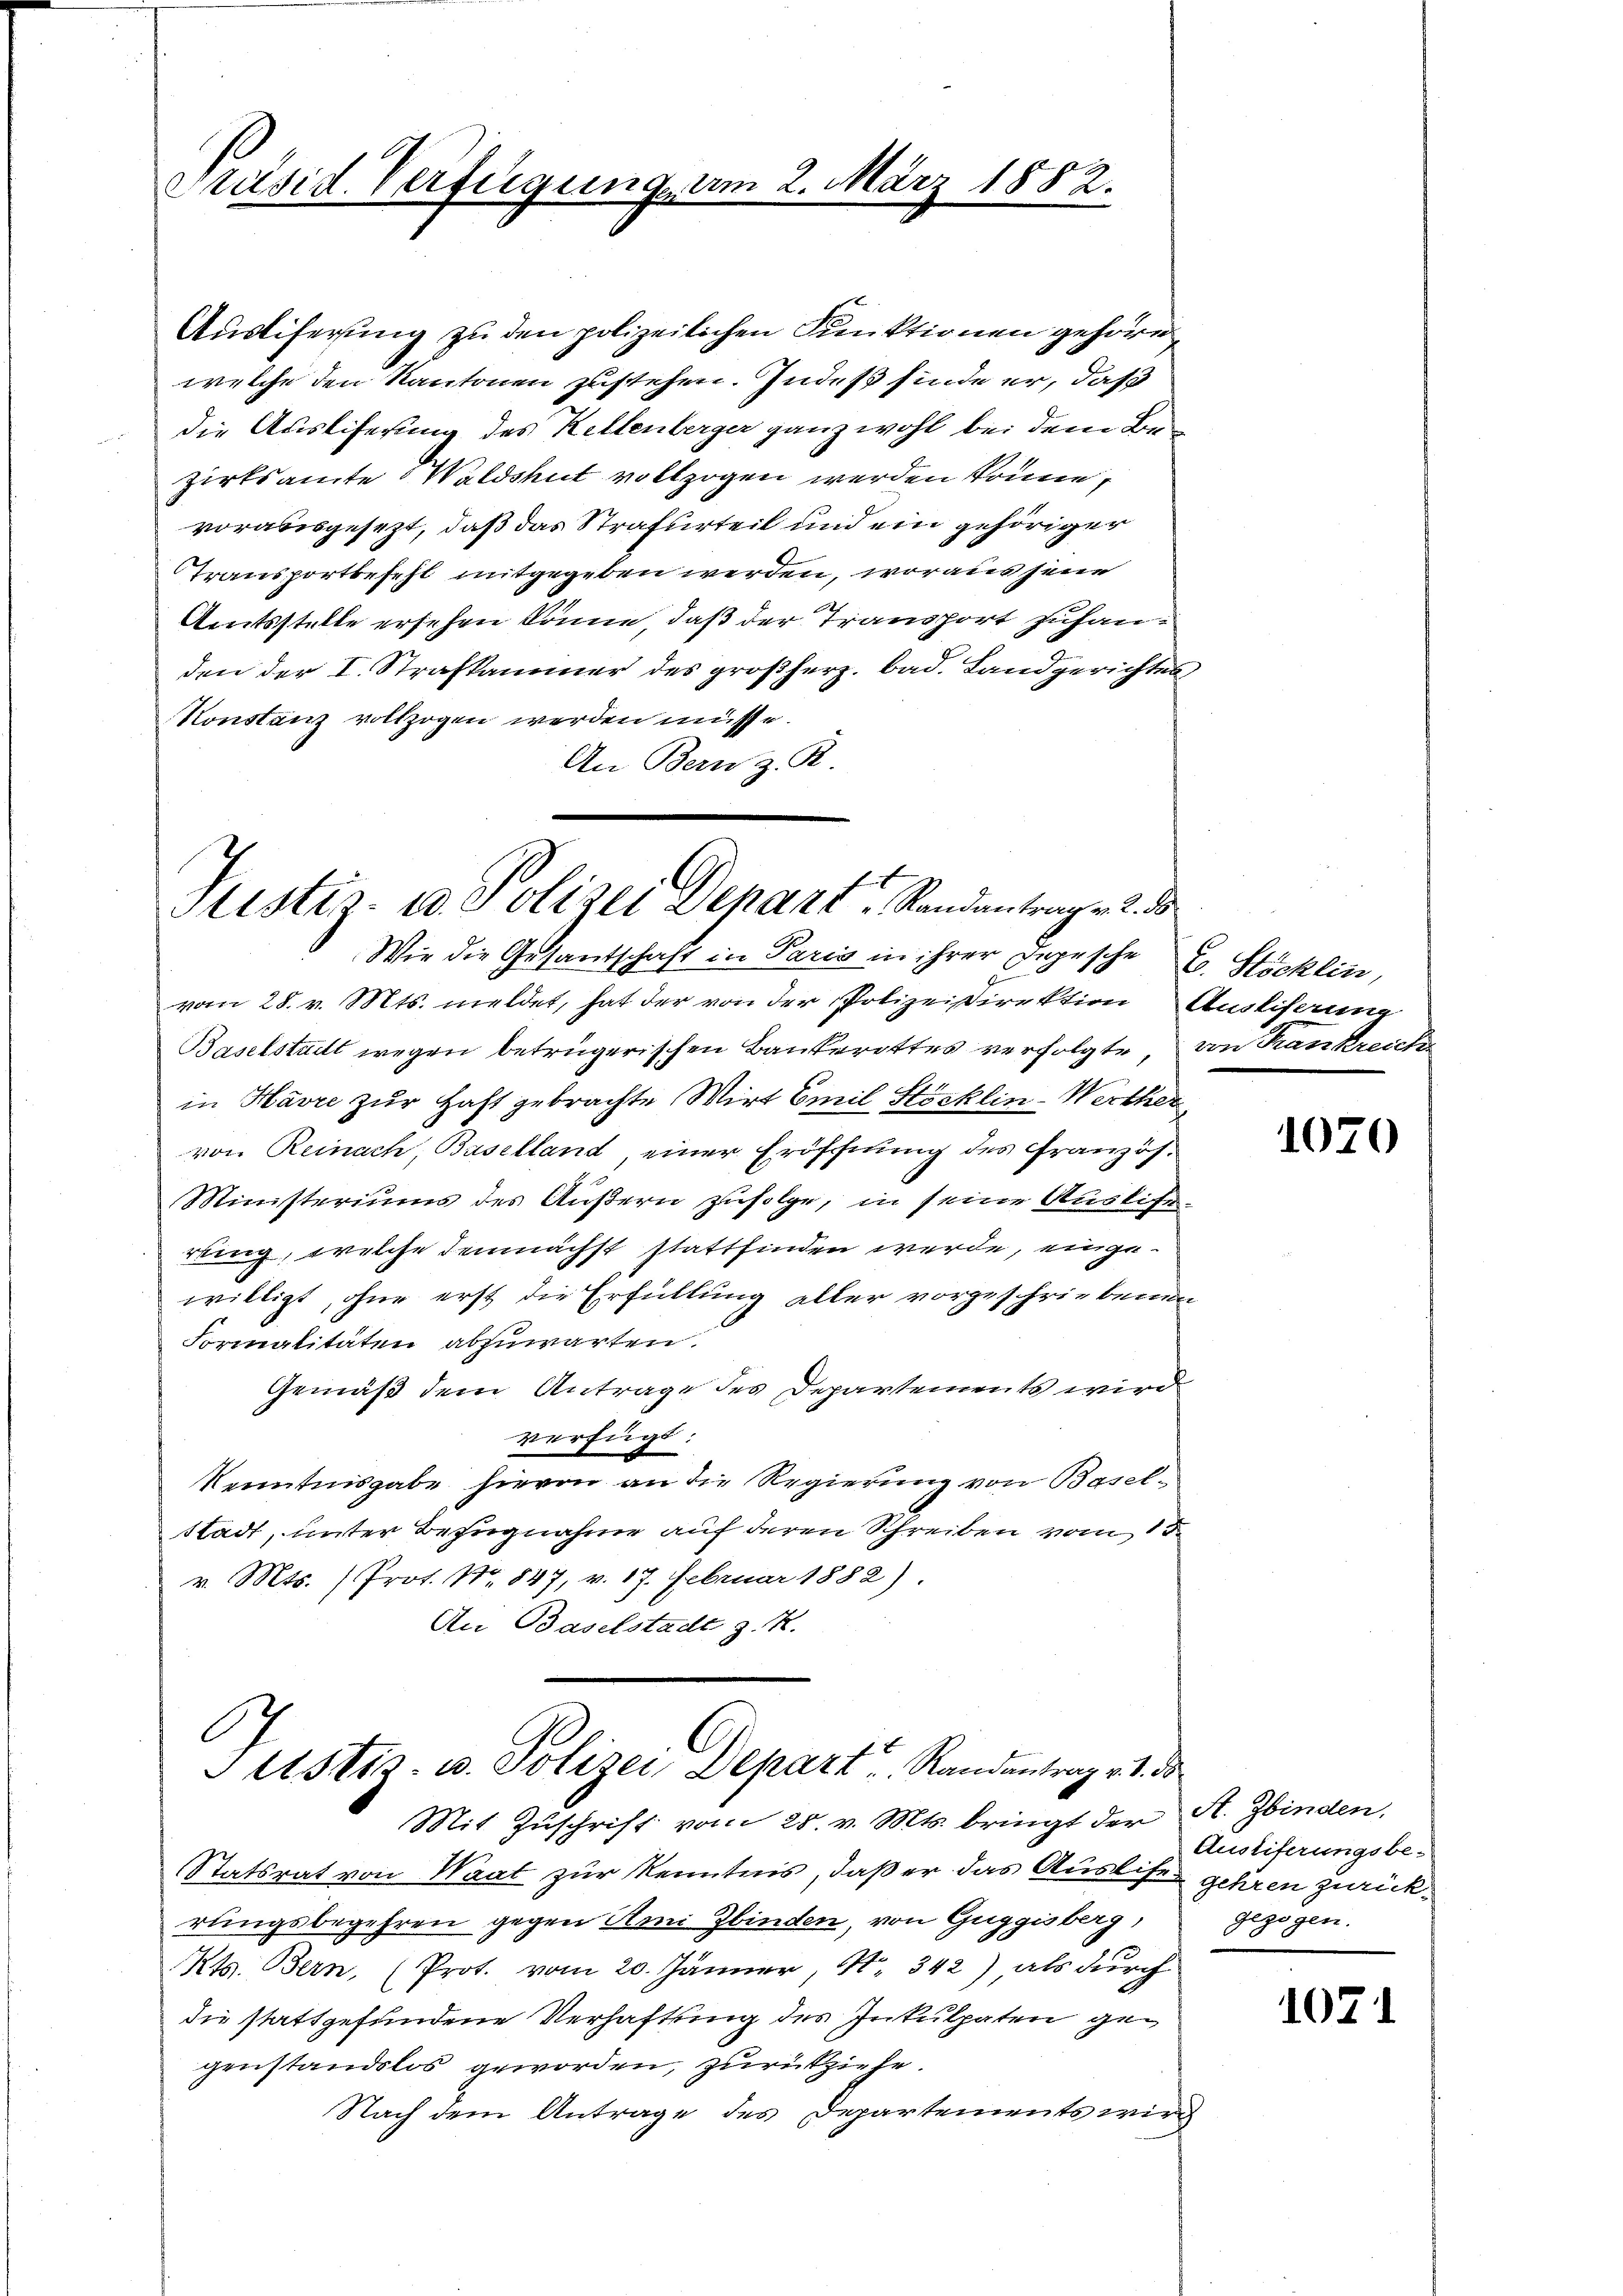
Auslieferung zu den polizeilichen Funktionen gehöre,
welche den Kantonen zustehen. Indeß finde er, daß
die Ausliferung des Kellenberger ganz wohl bei dem Bezirksamte Waldshut vollzogen werden könne,
vorausgesezt, daß das Strafurteil und ein gehöriger
Transportbesetzt mitgegeben werden, woraus jene
Amtsstelle ersehen könne, daß der Transport zuhanden der I. Strafkammer des großherz. bad. Landgerichtes
Konstanz vollzogen werden müsse.
An Bern z. R.

Präsid. Verfügung v.

Wie die Gesantschaft in Paris in ihrer Depesche E. Stöcklin,
f
vom 28. v. Mts. meldet, hat der von der Polizeidirektion Ausliferung
Baselstadt wegen betrügerischen Bankerottes verfolgte, von Krankreich
in Havre zur Haft gebrachte Wirt Emil Stöcklin-Werther
von Reinach, Baselland, einer Eröffnung des Französ.
Ministeriums des Äußern zufolge, in seine Ausliferung, welche demnächst stattfinden werde, eingewilligt, ohne erst die Erfüllung aller vorgeschriebenen
Formalitäten abzuwarten.
Gemäß dem Antrage des Departements wird
verfügt:
Kenntnisgabe hievon an die Regierung von Basel-
Stadt, unter Bezugnahme auf deren Schreiben vom 15.
v. Mts. (Prot. Nr. 847, v. 17. Februar 1882).
An Baselstadt z. R.

9. März 1882.

Justiz- u. Polizei Depart, Randantrag v. 2. ds

ustiz- u. Polizei Depart u. Randantrag v. 1. ds
Mit Zuschrift vom 28. v. Mts. bringt der A. Zbinden.

Statsrat von Waat zur Kenntnis, daß er das Auslise gehren zurückrungsbegehren gegen Ami Zbinden, von Guggisberg,
Mts. Bern, (Prot. vom 20. Jänner, N. 342), als durch
die stattgefundene Verhaftung des Inkulpaten gegenstandslos geworden, zurückziehe.
Nach dem Antrage des Departements wird

1070

Austiferungsbe-
gezogen.

1071